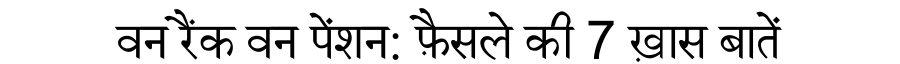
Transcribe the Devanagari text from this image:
वन रैंक वन पेंशन: फ़ैसले की 7 ख़ास बातें